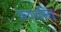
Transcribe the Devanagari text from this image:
कथावसितु